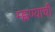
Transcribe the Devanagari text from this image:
म्ह्णण्याची